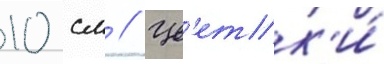
10 см // Цв'етк'и́